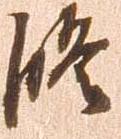
修